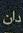
دان